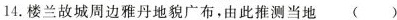
14.楼兰故城周边雅丹地貌广布，由此推测当地 ()